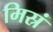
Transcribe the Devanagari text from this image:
मिस्रं